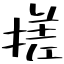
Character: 搓